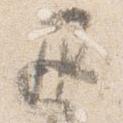
退